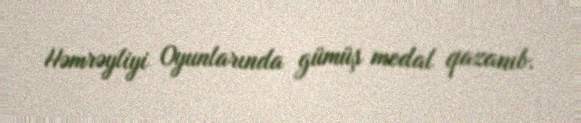
Həmrəyliyi Oyunlarında gümüş medal qazanıb.